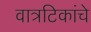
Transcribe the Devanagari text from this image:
वात्रटिकांचे